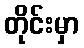
တိုင်းမှာ